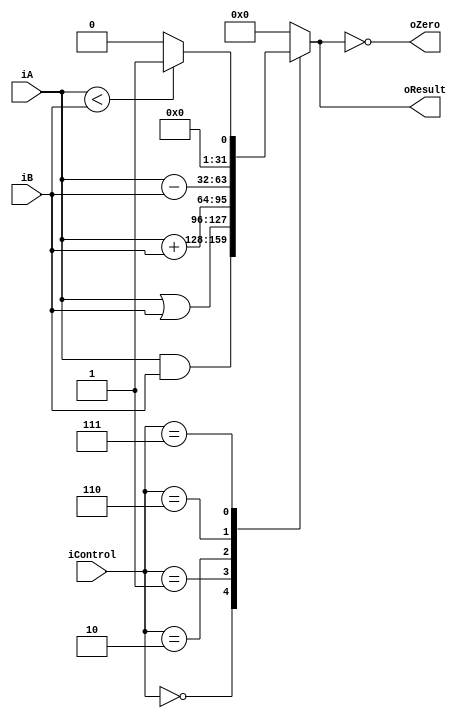
module ULA(
	input          [3:0]  iControl,
   input signed [31:0] iA, 
   input signed [31:0] iB,
   output          [31:0] oResult, 
	output 			oZero
);

assign oZero = (oResult == 32'b0);

always @(*)
begin
	case(iControl)
		4'b0000 : oResult <= iA & iB; // essa eh a op de and
		4'b0001 : oResult <= iA | iB; // essa eh a op de or
		4'b0010 : oResult <= iA + iB; // essa eh a op de add
		4'b0110 : oResult <= iA - iB; // essa eh a op de sub
		4'b0111 : oResult <= (iA < iB) ? 32'b1 : 32'b0; // essa eh a op de zero (slt)
		default: oResult <= 32'b0;
	endcase
end

endmodule